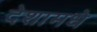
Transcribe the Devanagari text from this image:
देशामधे